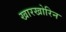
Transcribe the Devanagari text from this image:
खारखोरिन